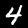
Label: 4